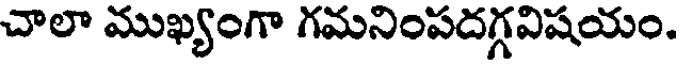
చాలా ముఖ్యంగా గమనింపదగ్గవిషయం.